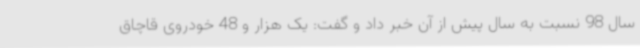
سال 98 نسبت به سال پیش از آن خبر داد و گفت: یک هزار و 48 خودروی قاچاق